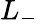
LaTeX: L_{-}